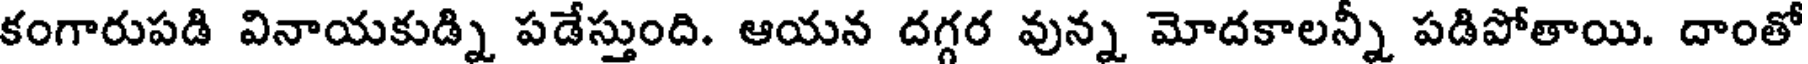
కంగారుపడి వినాయకుడ్ని పడేస్తుంది. ఆయన దగ్గర వున్న మోదకాలన్ని పడిపోతాయి. దాంతో